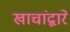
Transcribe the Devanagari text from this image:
खाचांद्वारे